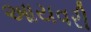
આયવરી